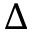
\Delta